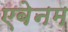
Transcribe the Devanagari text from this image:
एबेनम